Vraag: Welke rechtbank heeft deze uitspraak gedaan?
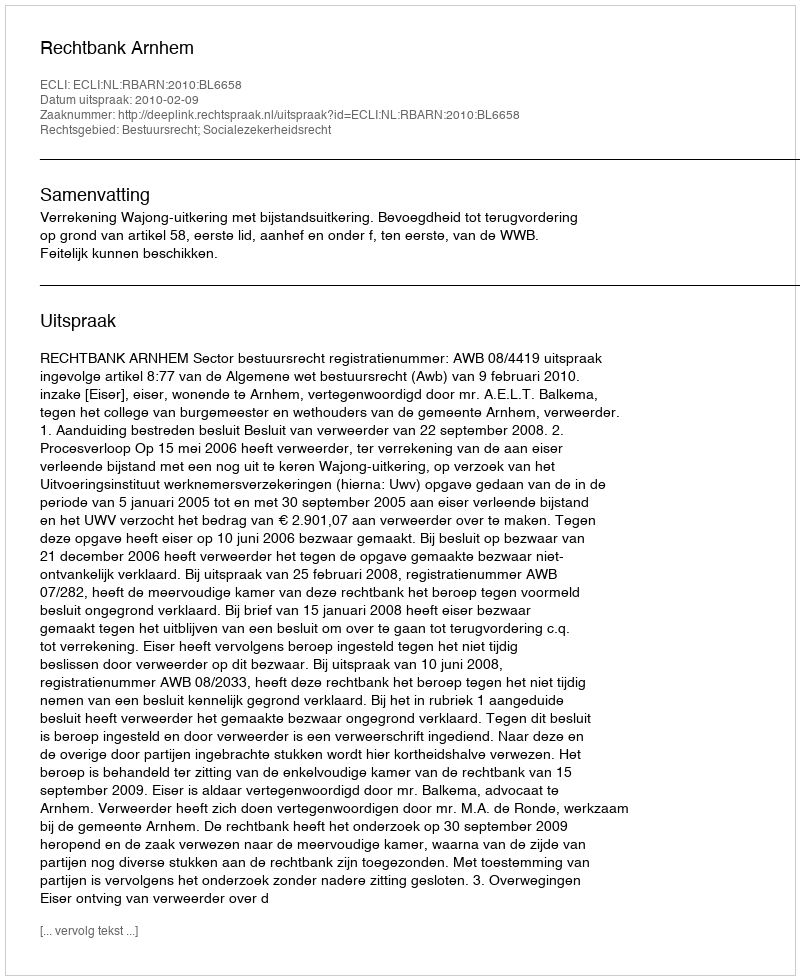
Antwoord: Rechtbank Arnhem